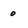
Character: 0